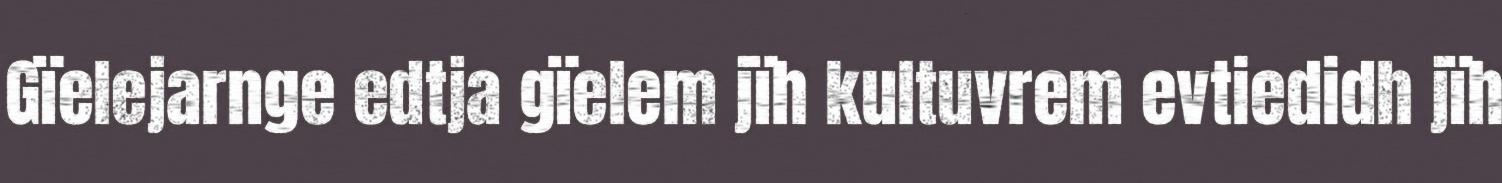
Gïelejarnge edtja gïelem jïh kultuvrem evtiedidh jïh